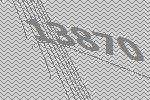
13870